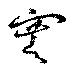
蹇